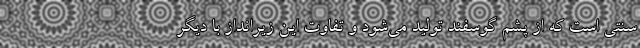
سنتی است که از پشم گوسفند تولید می‌شود و تفاوت این زیرانداز با دیگر